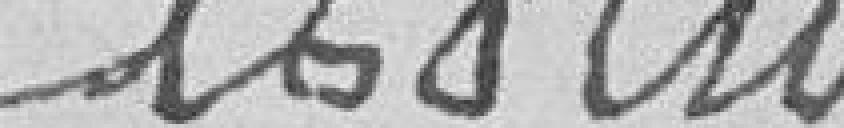
Lesluc